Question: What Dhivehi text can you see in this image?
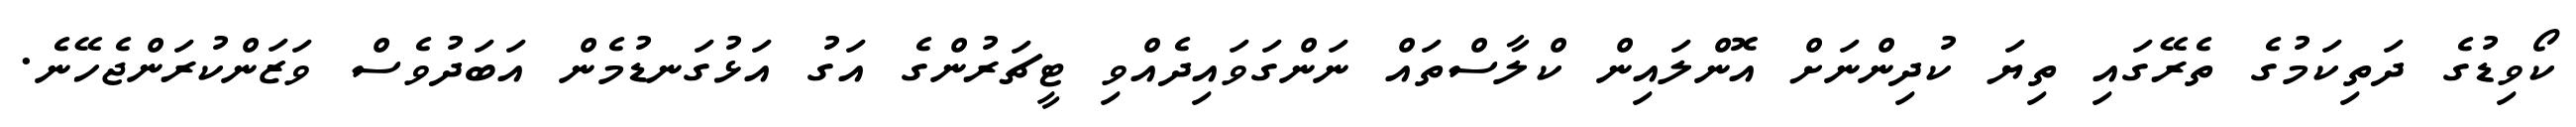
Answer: ކޯވިޑުގެ ދަތިކަމުގެ ތެރޭގައި ތިޔަ ކުދިންނަށް އޮންލައިން ކްލާސްތައް ނަންގަވައިދެއްވި ޓީޗަރުންގެ އަގު އަޅުގަނޑުމެން އަބަދުވެސް ވަޒަންކުރަންޖެހޭނެ.